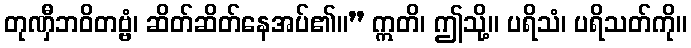
တုဏှီဘဝိတဗ္ဗံ၊ ဆိတ်ဆိတ်နေအပ်၏။” ဣတိ၊ ဤသို့။ ပရိသံ၊ ပရိသတ်ကို။